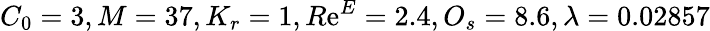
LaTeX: C_{0}=3,M=37,K_{r}=1,R\mathrm{e}^{E}=2.4,O_{s}=8.6,\lambda=0.02857